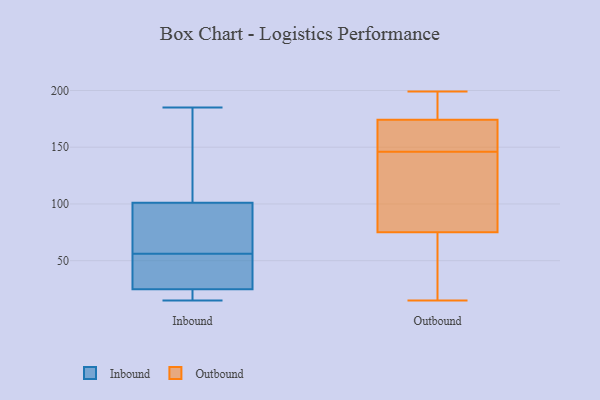
{"axis": {"x": "Latency (ms)", "y": "Value"}, "legend": ["Inbound", "Outbound"], "data": [{"x": "", "y": 104, "type": "Inbound"}, {"x": "", "y": 56, "type": "Inbound"}, {"x": "", "y": 185, "type": "Inbound"}, {"x": "", "y": 52, "type": "Inbound"}, {"x": "", "y": 114, "type": "Inbound"}, {"x": "", "y": 45, "type": "Inbound"}, {"x": "", "y": 18, "type": "Inbound"}, {"x": "", "y": 15, "type": "Inbound"}, {"x": "", "y": 92, "type": "Inbound"}, {"x": "", "y": 15, "type": "Inbound"}, {"x": "", "y": 85, "type": "Inbound"}, {"x": "", "y": 177, "type": "Outbound"}, {"x": "", "y": 147, "type": "Outbound"}, {"x": "", "y": 158, "type": "Outbound"}, {"x": "", "y": 21, "type": "Outbound"}, {"x": "", "y": 15, "type": "Outbound"}, {"x": "", "y": 199, "type": "Outbound"}, {"x": "", "y": 18, "type": "Outbound"}, {"x": "", "y": 166, "type": "Outbound"}, {"x": "", "y": 16, "type": "Outbound"}, {"x": "", "y": 65, "type": "Outbound"}, {"x": "", "y": 135, "type": "Outbound"}, {"x": "", "y": 120, "type": "Outbound"}, {"x": "", "y": 105, "type": "Outbound"}, {"x": "", "y": 179, "type": "Outbound"}, {"x": "", "y": 166, "type": "Outbound"}, {"x": "", "y": 123, "type": "Outbound"}, {"x": "", "y": 187, "type": "Outbound"}, {"x": "", "y": 196, "type": "Outbound"}, {"x": "", "y": 146, "type": "Outbound"}]}